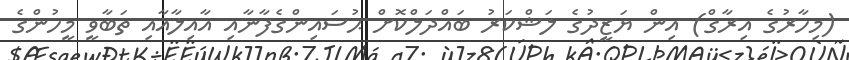
(މިހާރުގެ އިރާގް) އިން ޔަޒީދުގެ ލަޝްކަރު ބައްދަލްކޮށް ޙުސައިންގެފާނާއި އާއިލާއާއި ތަބާވީ މީހުންގެ